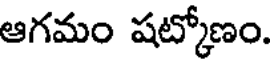
ఆగమం షట్కోణం.